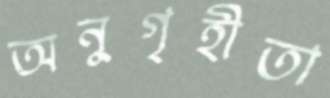
অনুগৃহীতা